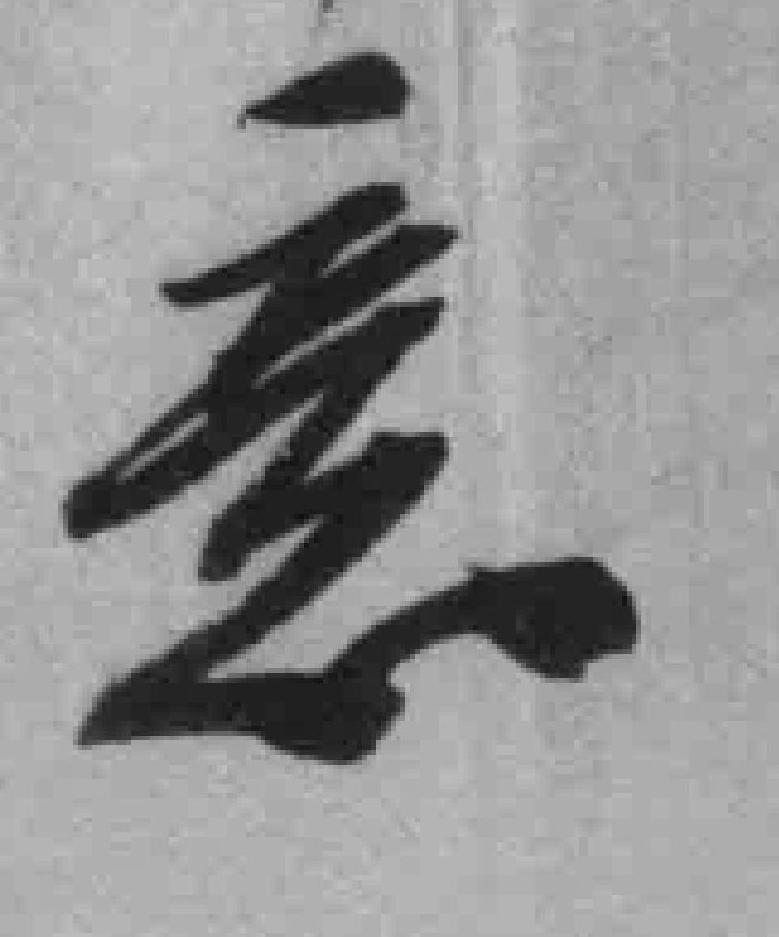
意